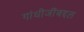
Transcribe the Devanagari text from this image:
गांधीजींबद्दल